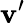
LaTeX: \mathbf{v}^{\prime}